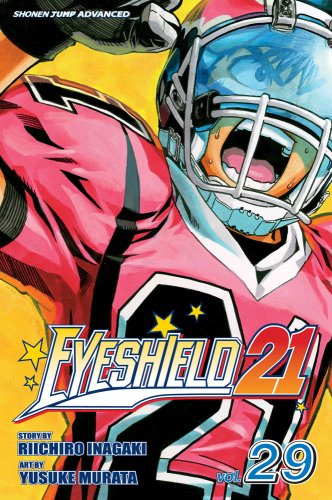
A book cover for Eyeshield 21, Vol. 29; Riichiro Inagaki; Comics & Graphic Novels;